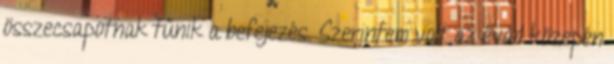
összecsapotnak tűnik a befejezés. Szerintem volt az évad közepén